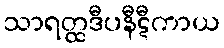
သာရတ္ထဒီပနီဋီကာယ